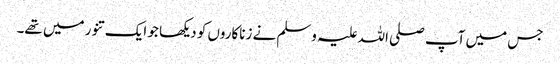
جس میں آپ صلی اللہ علیہ وسلم نے زناکاروں کو دیکھا جو ایک تنور میں تھے۔